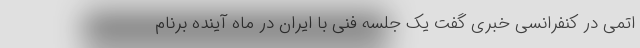
اتمی در کنفرانسی خبری گفت یک جلسه فنی با ایران در ماه آینده برنام